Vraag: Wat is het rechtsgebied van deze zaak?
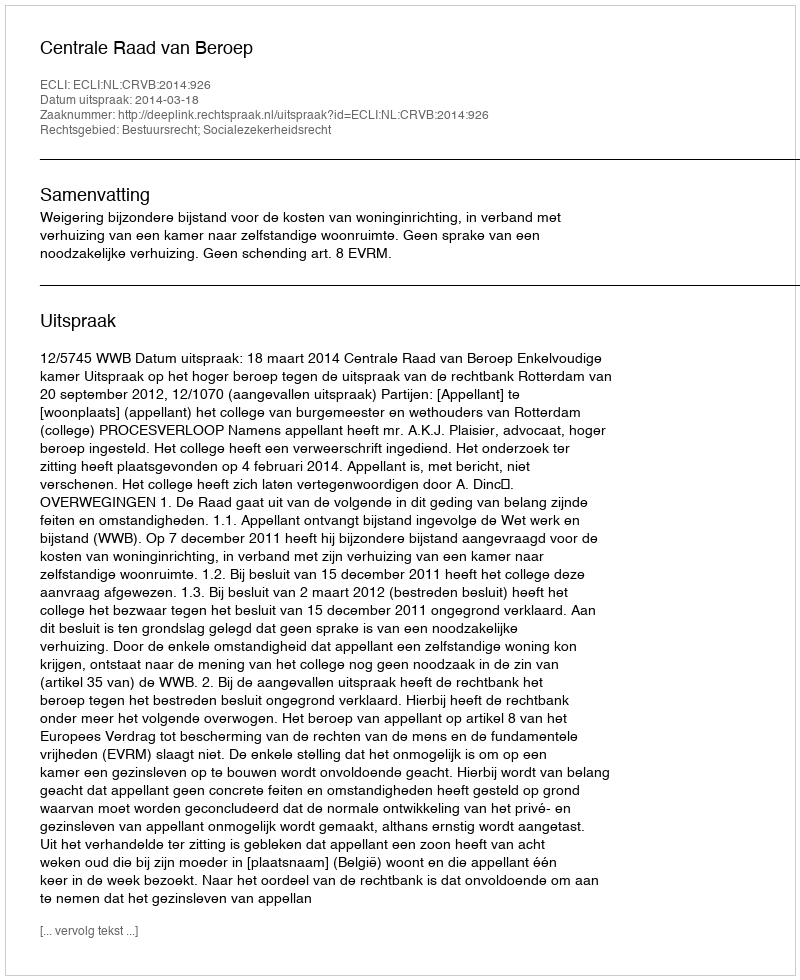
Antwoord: Bestuursrecht; Socialezekerheidsrecht